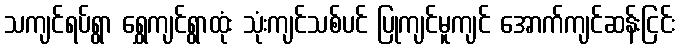
သကျင်ရပ်ရွာ ရွှေကျင်ရွာထုံး သုံးကျင်သစ်ပင် ပြုကျင်မူကျင် အောက်ကျင်ဆန်းငြင်း